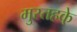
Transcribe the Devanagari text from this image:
मुस्तहके़